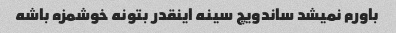
باورم نمیشد ساندویچ سینه اینقدر بتونه خوشمزه باشه